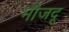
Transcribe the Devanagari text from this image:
मौजदू